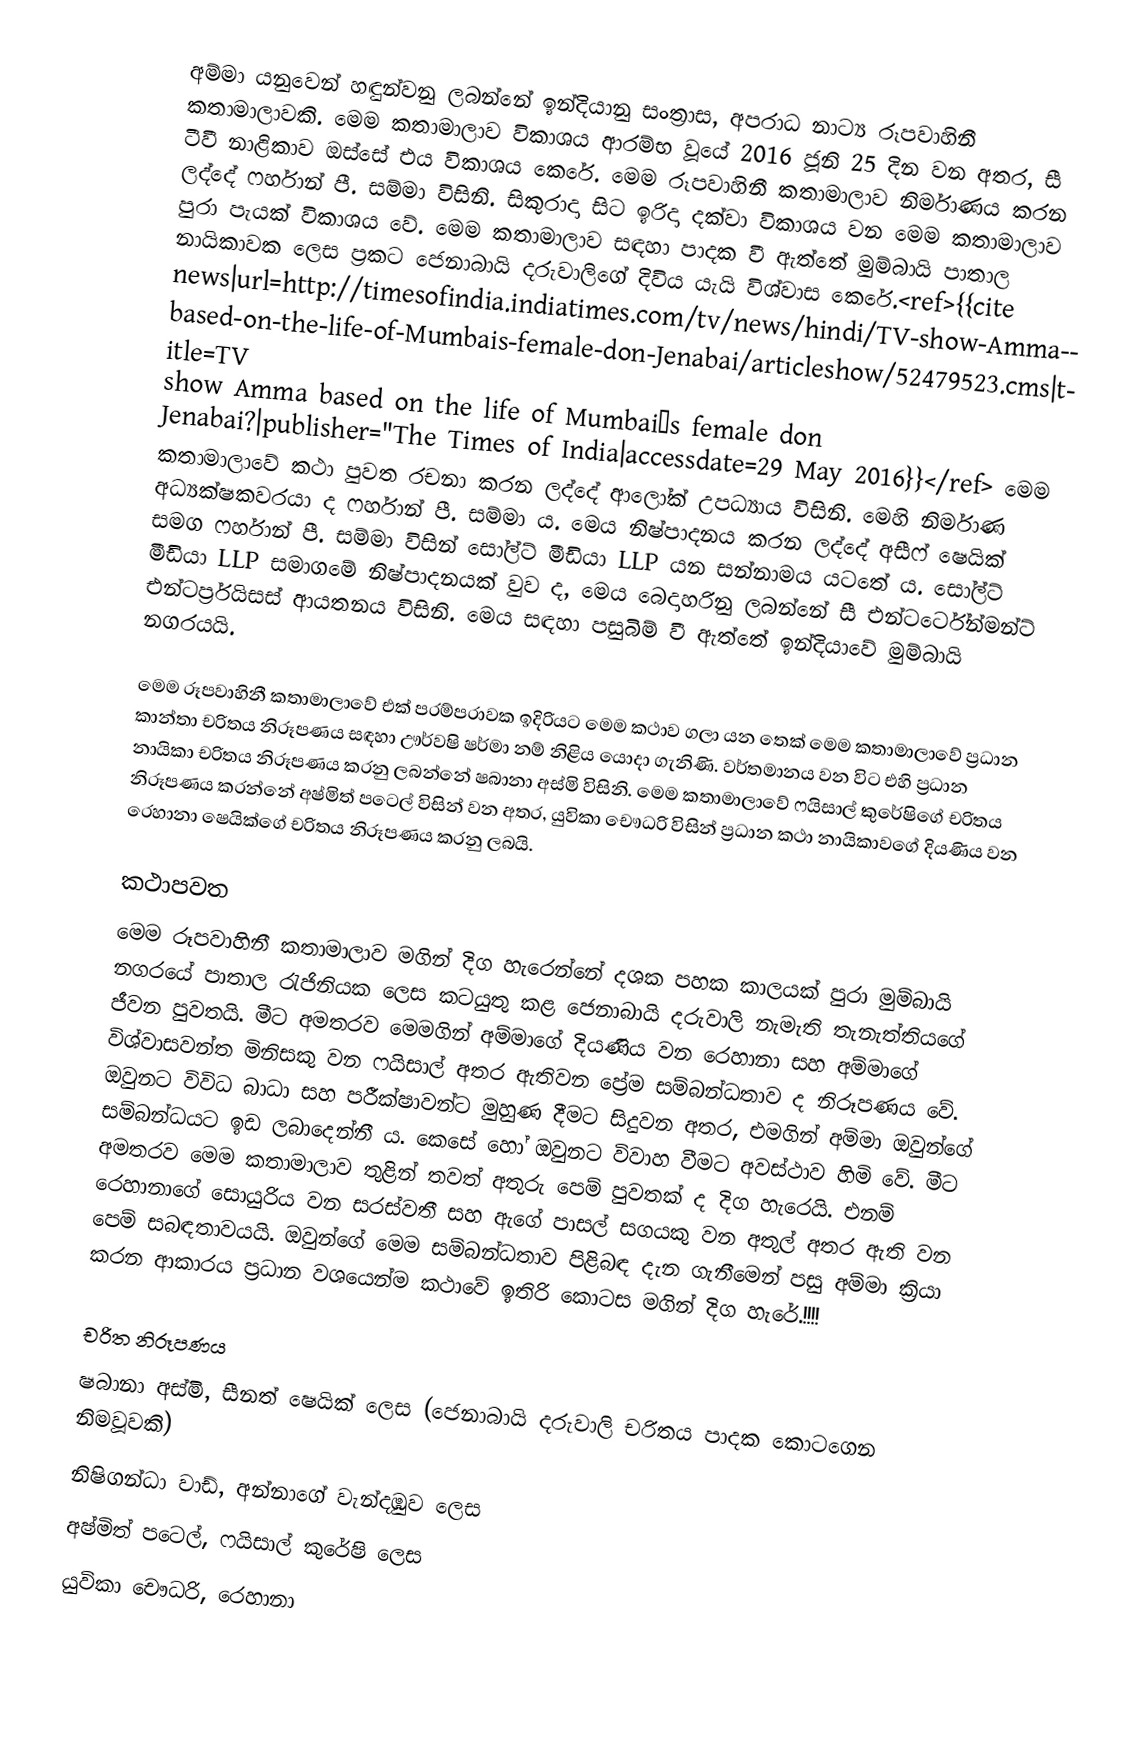
අම්මා යනුවෙන් හඳුන්වනු ලබන්නේ ඉන්දියානු සංත්‍රාස, අපරාධ නාට්‍ය රූපවාහිනී කතාමාලාවකි. මෙම කතාමාලාව විකාශය ආරම්භ වූයේ 2016 ජූනි 25 දින වන අතර, සී ටීවී නාළිකාව ඔස්සේ එය විකාශය කෙරේ. මෙම රූපවාහිනී කතාමාලාව නිර්මාණය කරන ලද්දේ ෆර්හාන් පී. සම්මා විසිනි. සිකුරාදා සිට ඉරිදා දක්වා විකාශය වන මෙම කතාමාලාව පුරා පැයක් විකාශය වේ. මෙම කතාමාලාව සඳහා පාදක වී ඇත්තේ මුම්බායි පාතාල නායිකාවක ලෙස ප්‍රකට ජෙනාබායි දරුවාලිගේ දිවිය යැයි විශ්වාස කෙරේ.<ref>{{cite news|url=http://timesofindia.indiatimes.com/tv/news/hindi/TV-show-Amma-based-on-the-life-of-Mumbais-female-don-Jenabai/articleshow/52479523.cms|title=TV show Amma based on the life of Mumbai’s female don Jenabai?|publisher="The Times of India|accessdate=29 May 2016}}</ref> මෙම කතාමාලාවේ කථා පුවත රචනා කරන ලද්දේ ආලෝක් උපධ්‍යාය විසිනි. මෙහි නිර්මාණ අධ්‍යක්ෂකවරයා ද ෆර්හාන් පී. සම්මා ය. මෙය නිෂ්පාදනය කරන ලද්දේ අසීෆ් ෂෙයික් සමග ෆර්හාන් පී. සම්මා විසින් සෝල්ට් මීඩියා LLP යන සන්නාමය යටතේ ය. සෝල්ට් මීඩියා LLP සමාගමේ නිෂ්පාදනයක් වුව ද, මෙය බෙදාහරිනු ලබන්නේ සී එන්ටර්ටේන්මන්ට් එන්ටර්ප්‍රයිසස් ආයතනය විසිනි. මෙය සඳහා පසුබිම් වී ඇත්තේ ඉන්දියාවේ මුම්බායි නගරයයි.

මෙම රූපවාහිනී කතාමාලාවේ එක් පරම්පරාවක ඉදිරියට මෙම කථාව ගලා යන තෙක් මෙම කතාමාලාවේ ප්‍රධාන කාන්තා චරිතය නිරූපණය සඳහා  ඌර්වෂි ෂර්මා නම් නිළිය යොදා ගැනිණි. වර්තමානය වන විට එහි ප්‍රධාන නායිකා චරිතය නිරූපණය කරනු ලබන්නේ ෂබානා අස්මි විසිනි. මෙම කතාමාලාවේ ෆයිසාල් කුරේෂිගේ චරිතය නිරූපණය කරන්නේ අෂ්මිත් පටෙල් විසින් වන අතර, යුවිකා චෞධරි විසින් ප්‍රධාන කථා නායිකාවගේ දියණිය වන රෙහානා ෂෙයික්ගේ චරිතය නිරූපණය කරනු ලබයි.

කථාපවත
මෙම රූපවාහිනී කතාමාලාව මගින් දිග හැරෙන්නේ දශක පහක කාලයක් පුරා මුම්බායි නගරයේ පාතාල රැජිනියක ලෙස කටයුතු කළ ජෙනාබායි දරුවාලි නැමැති තැනැත්තියගේ ජීවන පුවතයි. මීට අමතරව මෙමගින් අම්මාගේ දියණිය වන රෙහානා සහ අම්මාගේ විශ්වාසවන්ත මිනිසකු වන ෆයිසාල් අතර ඇතිවන ප්‍රේම සම්බන්ධතාව ද නිරූපණය වේ. ඔවුනට විවිධ බාධා සහ පරීක්ෂාවන්ට මුහුණ දීමට සිදුවන අතර, එමගින් අම්මා ඔවුන්ගේ සම්බන්ධයට ඉඩ ලබාදෙන්නී ය. කෙසේ හෝ ඔවුනට විවාහ වීමට අවස්ථාව හිමි වේ. මීට අමතරව මෙම කතාමාලාව තුළින් තවත් අතුරු පෙම් පුවතක් ද දිග හැරෙයි. එනම් රෙහානාගේ සොයුරිය වන සරස්වතී සහ ඇගේ පාසල් සගයකු වන අතුල් අතර ඇති වන පෙම් සබඳතාවයයි. ඔවුන්ගේ මෙම සම්බන්ධතාව පිළිබඳ දැන ගැනීමෙන් පසු අම්මා ක්‍රියා කරන ආකාරය ප්‍රධාන වශයෙන්ම කථාවේ ඉතිරි ‍කොටස මගින් දිග හැරේ.!!!!

චරිත නිරූපණය
ෂබානා අස්මි, සීනත් ෂෙයික් ලෙස (ජෙනාබායි දරුවාලි චරිතය පාදක කොටගෙන නිමවූවකි)
නිෂිගන්ධා වාඩ්, අන්නාගේ වැන්දඹුව ලෙස
අෂ්මිත් පටෙල්, ෆයිසාල් කුරේෂි ලෙස
යුවිකා චෞධරි, රෙහානා